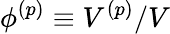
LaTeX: \phi^{(p)}\equiv V^{(p)}/V